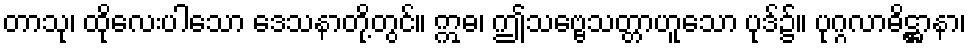
တာသု၊ ထိုလေးပါသော ဒေသနာတို့တွင်။ ဣဓ၊ ဤသဗ္ဗေသတ္တာဟူသော ပုဒ်၌။ ပုဂ္ဂလာဓိဋ္ဌာနာ၊